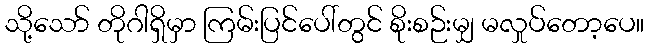
သို့သော် တိုဂါရှိမှာ ကြမ်းပြင်ပေါ်တွင် စိုးစဉ်းမျှ မလှုပ်တော့ပေ။